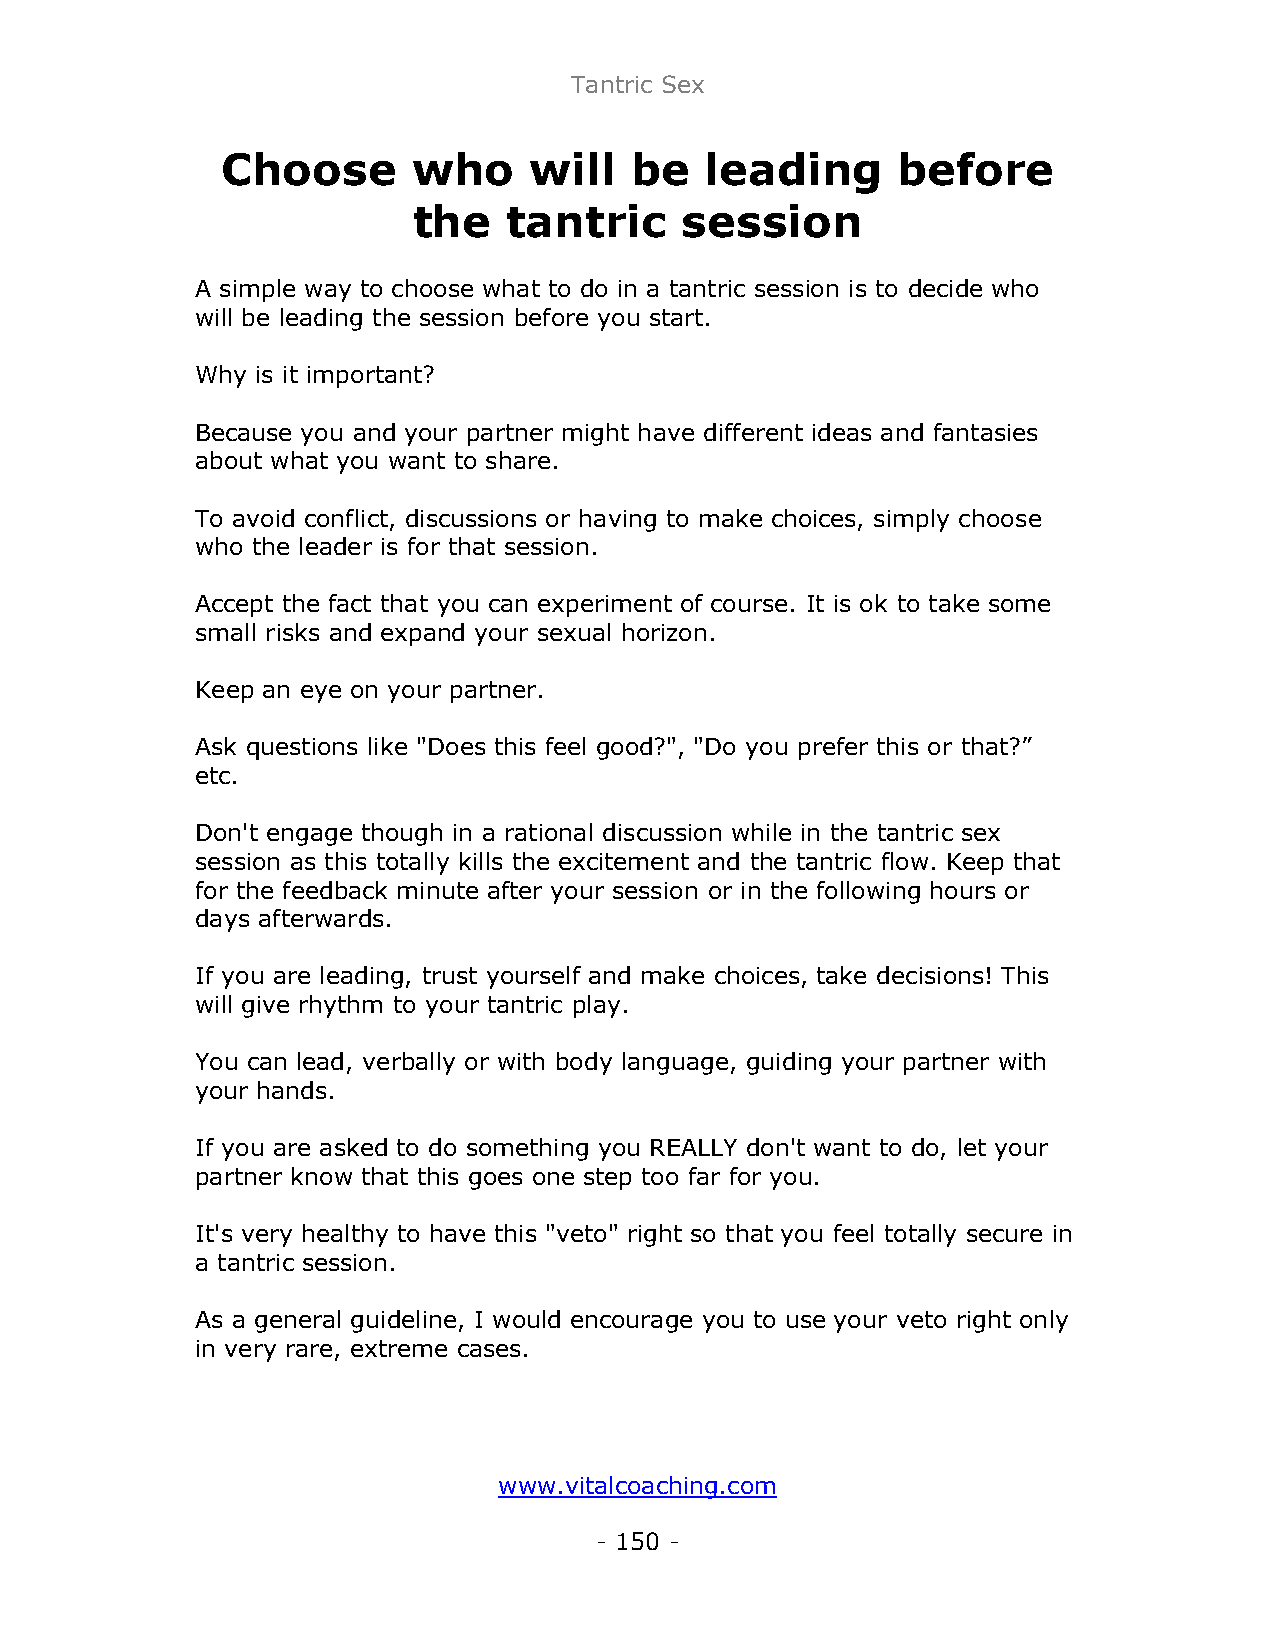
Tantric Sex
 Choose      who     will   be   leading     before
 the    tantric    session
 A simple way to choose what to do in a tantric session is to decide who
 will be leading the session before you start.
 Why is it important?
 Because you and your partner might have different ideas and fantasies
 about what you want to share.
 To avoid conflict, discussions or having to make choices, simply choose
 who the leader is for that session.
 Accept the fact that you can experiment of course. It is ok to take some
 small risks and expand your sexual horizon.
 Keep an eye on your partner.
 Ask questions like "Does this feel good?", "Do you prefer this or that?”
 etc.
 Don't engage though in a rational discussion while in the tantric sex
 session as this totally kills the excitement and the tantric flow. Keep that
 for the feedback minute after your session or in the following hours or
 days afterwards.
 If you are leading, trust yourself and make choices, take decisions! This
 will give rhythm to your tantric play.
 You can lead, verbally or with body language, guiding your partner with
 your hands.
 If you are asked to do something you REALLY don't want to do, let your
 partner know that this goes one step too far for you.
 It's very healthy to have this "veto" right so that you feel totally secure in
 a tantric session.
 As a general guideline, I would encourage you to use your veto right only
 in very rare, extreme cases.
 www.vitalcoaching.com
 - 150 -